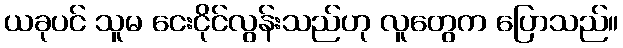
ယခုပင် သူမ ငေးငိုင်လွန်းသည်ဟု လူတွေက ပြောသည်။